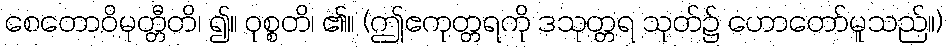
စေတောဝိမုတ္တီတိ၊ ၍။ ဝုစ္စတိ၊ ၏။ (ဤဧကုတ္တရကို ဒသုတ္တရ သုတ်၌ ဟောတော်မူသည်။)